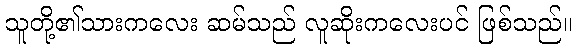
သူတို့၏သားကလေး ဆမ်သည် လူဆိုးကလေးပင် ဖြစ်သည်။